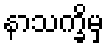
နာသက္ခိမှ